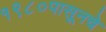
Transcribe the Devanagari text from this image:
१९८०पासूनचे